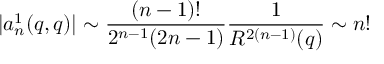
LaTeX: | a _ { n } ^ { 1 } ( q , q ) | \sim \frac { ( n - 1 ) ! } { 2 ^ { n - 1 } ( 2 n - 1 ) } \frac { 1 } { R ^ { 2 ( n - 1 ) } ( q ) } \sim n !